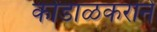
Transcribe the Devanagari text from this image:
कोंडाळकराने